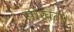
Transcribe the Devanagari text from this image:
सोखता।